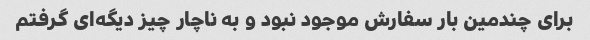
برای چندمین بار سفارش موجود نبود و به ناچار چیز دیگه‌ای گرفتم